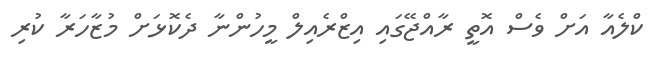
ކްލެއާ އަށް ވެސް އޮތީ ރާއްޖޭގައި އިޒްރެެއިލް މީހުންނާ ދެކޮޅަށް މުޒާހަރާ ކުރި